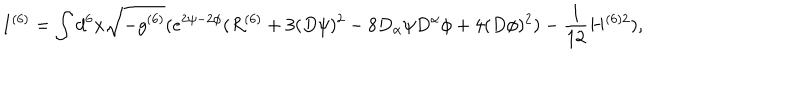
LaTeX: I ^ { ( 6 ) } = \int d ^ { 6 } x \sqrt { - g ^ { ( 6 ) } } ( e ^ { 2 \psi - 2 \phi } ( R ^ { ( 6 ) } + 3 ( D \psi ) ^ { 2 } - 8 D _ { \alpha } \psi D ^ { \alpha } \phi + 4 ( D \phi ) ^ { 2 } ) - \frac { 1 } { 1 2 } H ^ { ( 6 ) 2 } ) ,